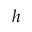
h